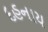
દહનાય